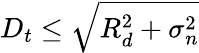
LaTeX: D_{t}\leq\sqrt{R_{d}^{2}+\sigma_{n}^{2}}